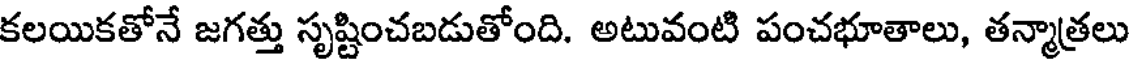
కలయికతోనే జగత్తు సృష్టించబడుతోంది. అటువంటి పంచభూతాలు, తన్మాత్రలు